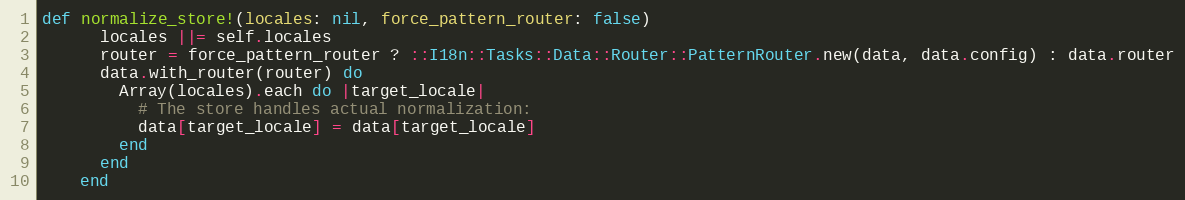
Language: Ruby
def normalize_store!(locales: nil, force_pattern_router: false)
      locales ||= self.locales
      router = force_pattern_router ? ::I18n::Tasks::Data::Router::PatternRouter.new(data, data.config) : data.router
      data.with_router(router) do
        Array(locales).each do |target_locale|
          # The store handles actual normalization:
          data[target_locale] = data[target_locale]
        end
      end
    end